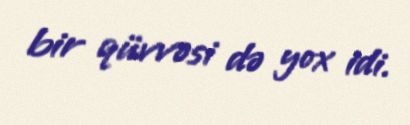
bir qüvvəsi də yox idi.